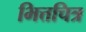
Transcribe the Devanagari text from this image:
भित्तचित्र